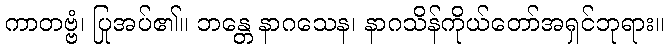
ကာတဗ္ဗံ၊ ပြုအပ်၏။ ဘန္တေ နာဂသေန၊ နာဂသိန်ကိုယ်တော်အရှင်ဘုရား။